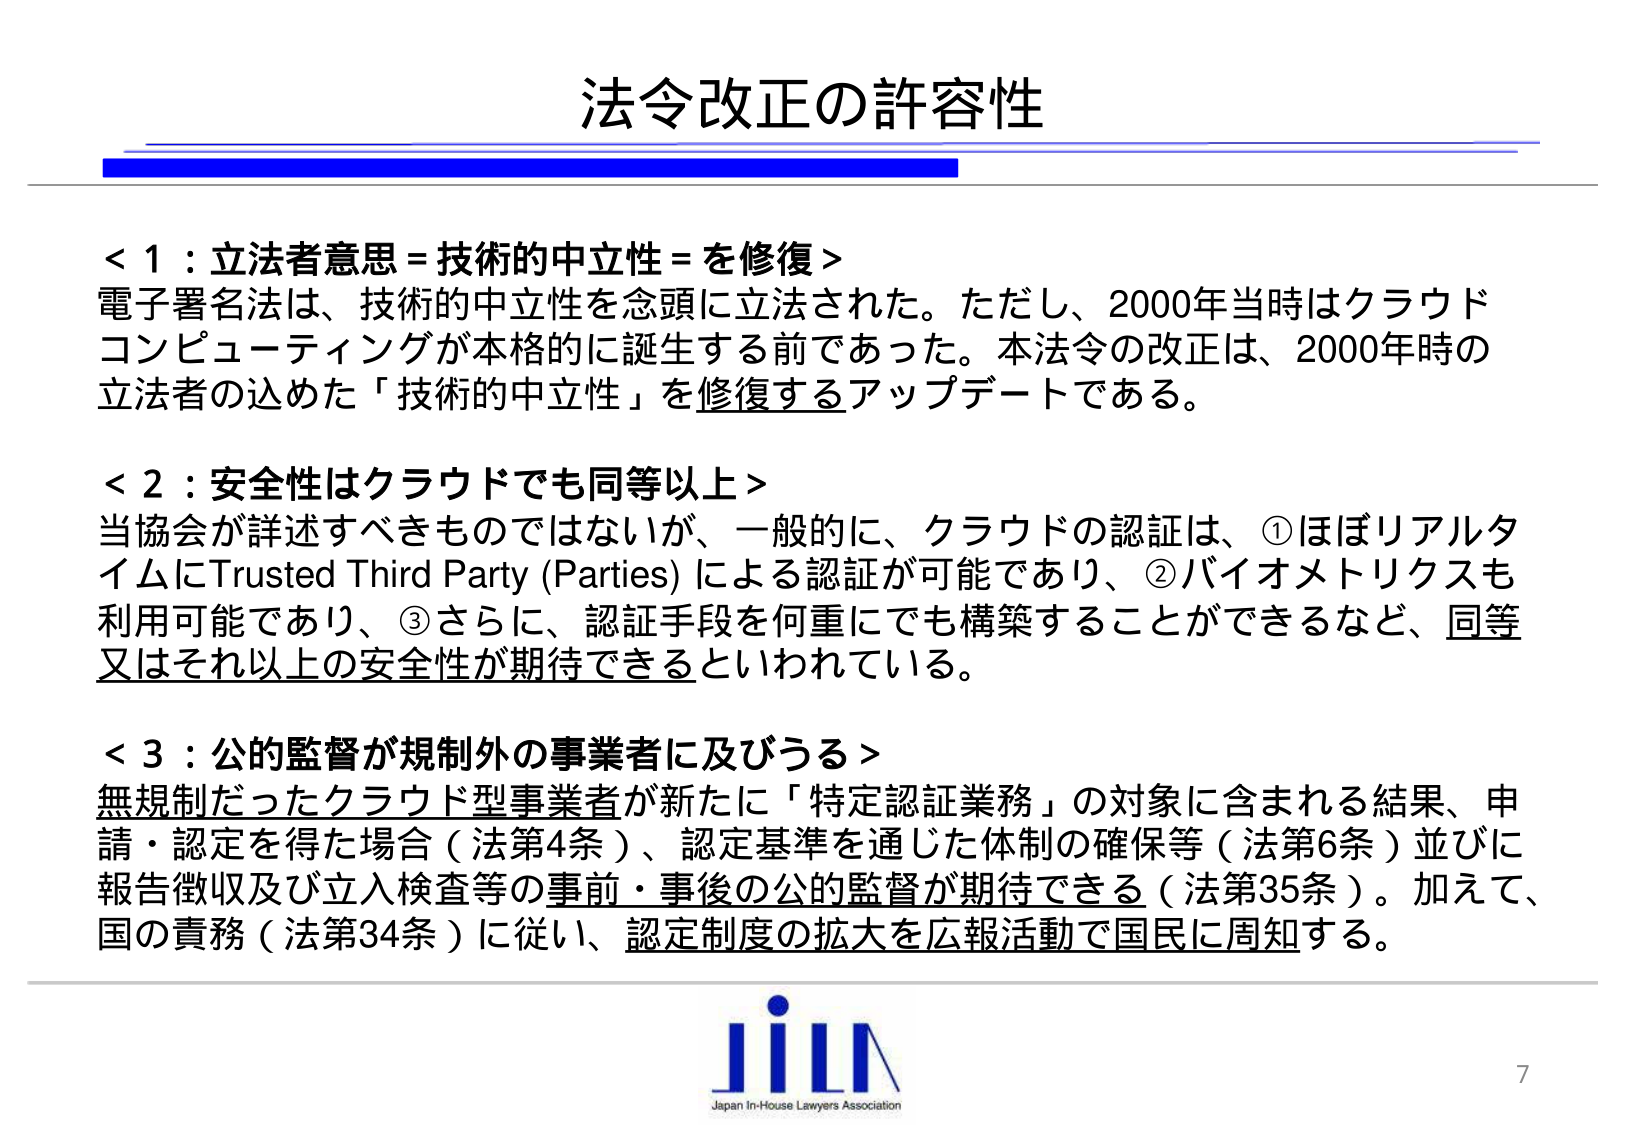
法令改正の許容性

＜1：立法者意思＝技術的中立性＝を修復＞
電子署名法は、技術的中立性を念頭に立法された。ただし、2000年当時はクラウドコンピューティングが本格的に誕生する前であった。本法令の改正は、2000年時の立法者の込めた「技術的中立性」を修復するアップデートである。

＜2：安全性はクラウドでも同等以上＞
当協会が詳述すべきものではないが、一般的に、クラウドの認証は、①ほぼリアルタイムにTrusted Third Party (Parties) による認証が可能であり、②バイオメトリクスも利用可能であり、③さらに、認証手段を何重にでも構築することができるなど、同等又はそれ以上の安全性が期待できるといわれている。

＜3：公的監督が規制外の事業者に及ぶる＞
無規制だったクラウド型事業者が新たに「特定認証業務」の対象に含まれる結果、申請・認定を得た場合（法第4条）、認定基準を通じた体制の確保等（法第6条）並びに報告徴収及び立入検査等の事前・事後の公的監督が期待できる（法第35条）。加えて、国の責務（法第34条）に従い、認定制度の拡大を広報活動で国民に周知する。

JiLΛ
Japan In-House Lawyers Association
7